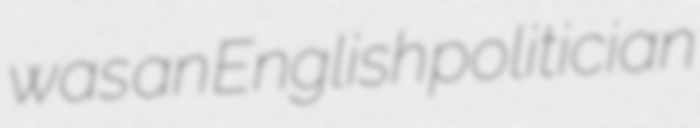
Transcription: was an English politician